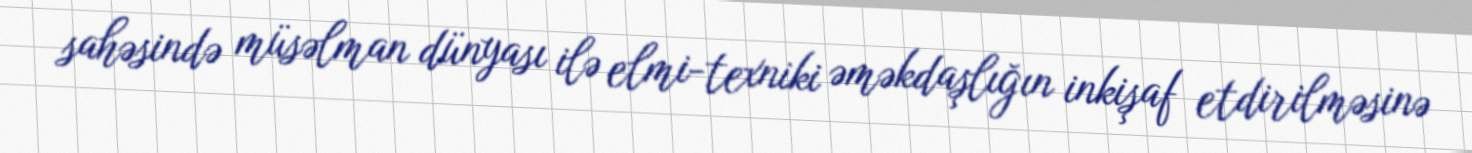
sahəsində müsəlman dünyası ilə elmi-texniki əməkdaşlığın inkişaf etdirilməsinə